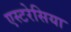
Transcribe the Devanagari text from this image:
एस्टरेसिया